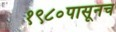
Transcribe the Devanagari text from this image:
१९८०पासूनच